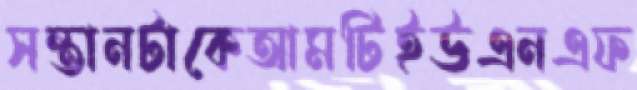
সন্তানটাকেআমটিইউএনএফ